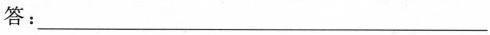
答：___